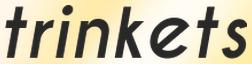
trinkets